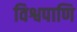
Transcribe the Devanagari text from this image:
विश्वपाणि